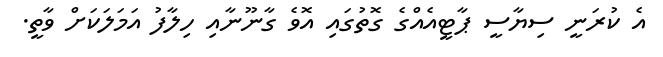
އެ ކުރަނީ ސިޔާސީ ޕާޓީއެއްގެ ގޮތުގައި އޮވެ ގާނޫނާއި ހިލާފު އަމަލަކަށް ވާތީ.